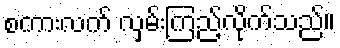
စကားလက် လှမ်းကြည့်လိုက်သည်။